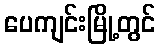
ပေကျင်းမြို့တွင်